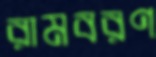
রামবরণ